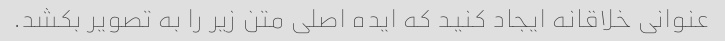
عنوانی خلاقانه ایجاد کنید که ایده اصلی متن زیر را به تصویر بکشد.